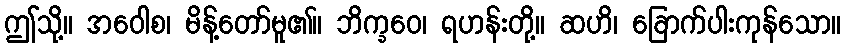
ဤသို့။ အဝေါစ၊ မိန့်တော်မူ၏။ ဘိက္ခဝေ၊ ရဟန်းတို့။ ဆဟိ၊ ခြောက်ပါးကုန်သော။